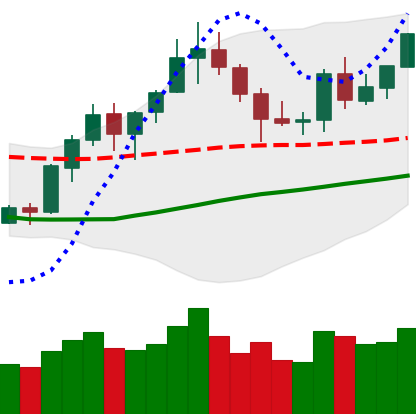
Ticker: BNB-USD
Chart end date: 2020-07-23
Forward return: 8.034%
Label: up_7plus